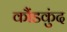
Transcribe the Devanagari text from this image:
कौंडकुंद